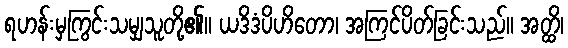
ရဟန်းမှကြွင်းသမျှသူတို့၏။ ယဒိဒံပိဟိတော၊ အကြင်ပိတ်ခြင်းသည်။ အတ္ထိ၊